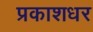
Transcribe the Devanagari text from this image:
प्रकाशधर